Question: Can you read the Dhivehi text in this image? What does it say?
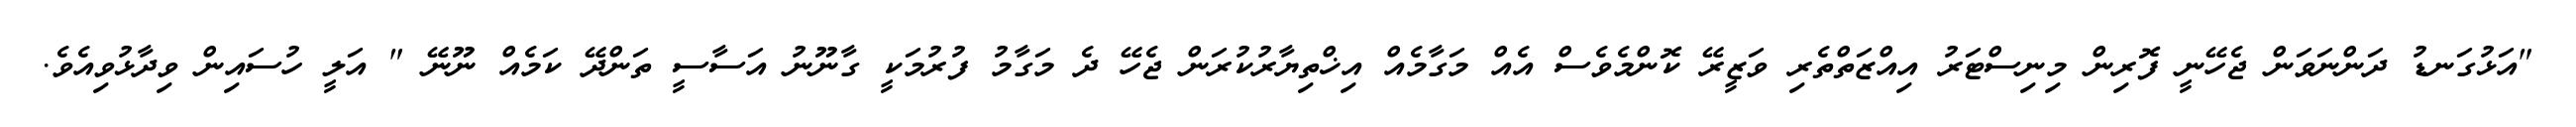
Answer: "އަޅުގަނޑު ދަންނަވަން ޖެހޭނީ ފޮރިން މިނިސްޓަރު އިއްޒަތްތެރި ވަޒީރޭ ކޮންމެވެސް އެއް މަގާމެއް އިޚްތިޔާރުކުރަން ޖެހޭ ދެ މަގާމު ފުރުމަކީ ގާނޫނު އަސާސީ ތަންދޭ ކަމެއް ނޫނޭ " އަލީ ހުސައިން ވިދާޅުވިއެވެ.